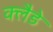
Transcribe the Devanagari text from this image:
क्लैडे